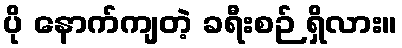
ပို နောက်ကျတဲ့ ခရီးစဉ် ရှိလား။